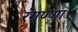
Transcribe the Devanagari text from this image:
रंगण्णा